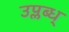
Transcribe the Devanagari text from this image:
उप्लब्ध्